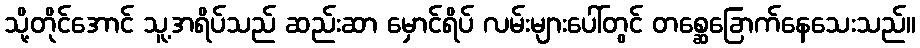
သို့တိုင်အောင် သူ့အရိပ်သည် ဆည်းဆာ မှောင်ရိပ် လမ်းများပေါ်တွင် တစ္ဆေခြောက်နေသေးသည်။